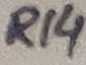
Text: R14